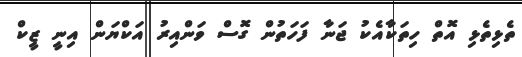
ތެޅިތެޅި އޮތް ހިތަކާއެކު ޖަނާ ފަހަތުން ގޮސް ވަންއިރު އަކްޔަން އިނީ ޒީކް